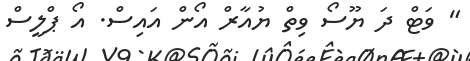
" ވަޓް ދަ ޔޫސޯ ވިތް ޔުއާރް އޯން އައިސް. އޯ ޕްލީސް